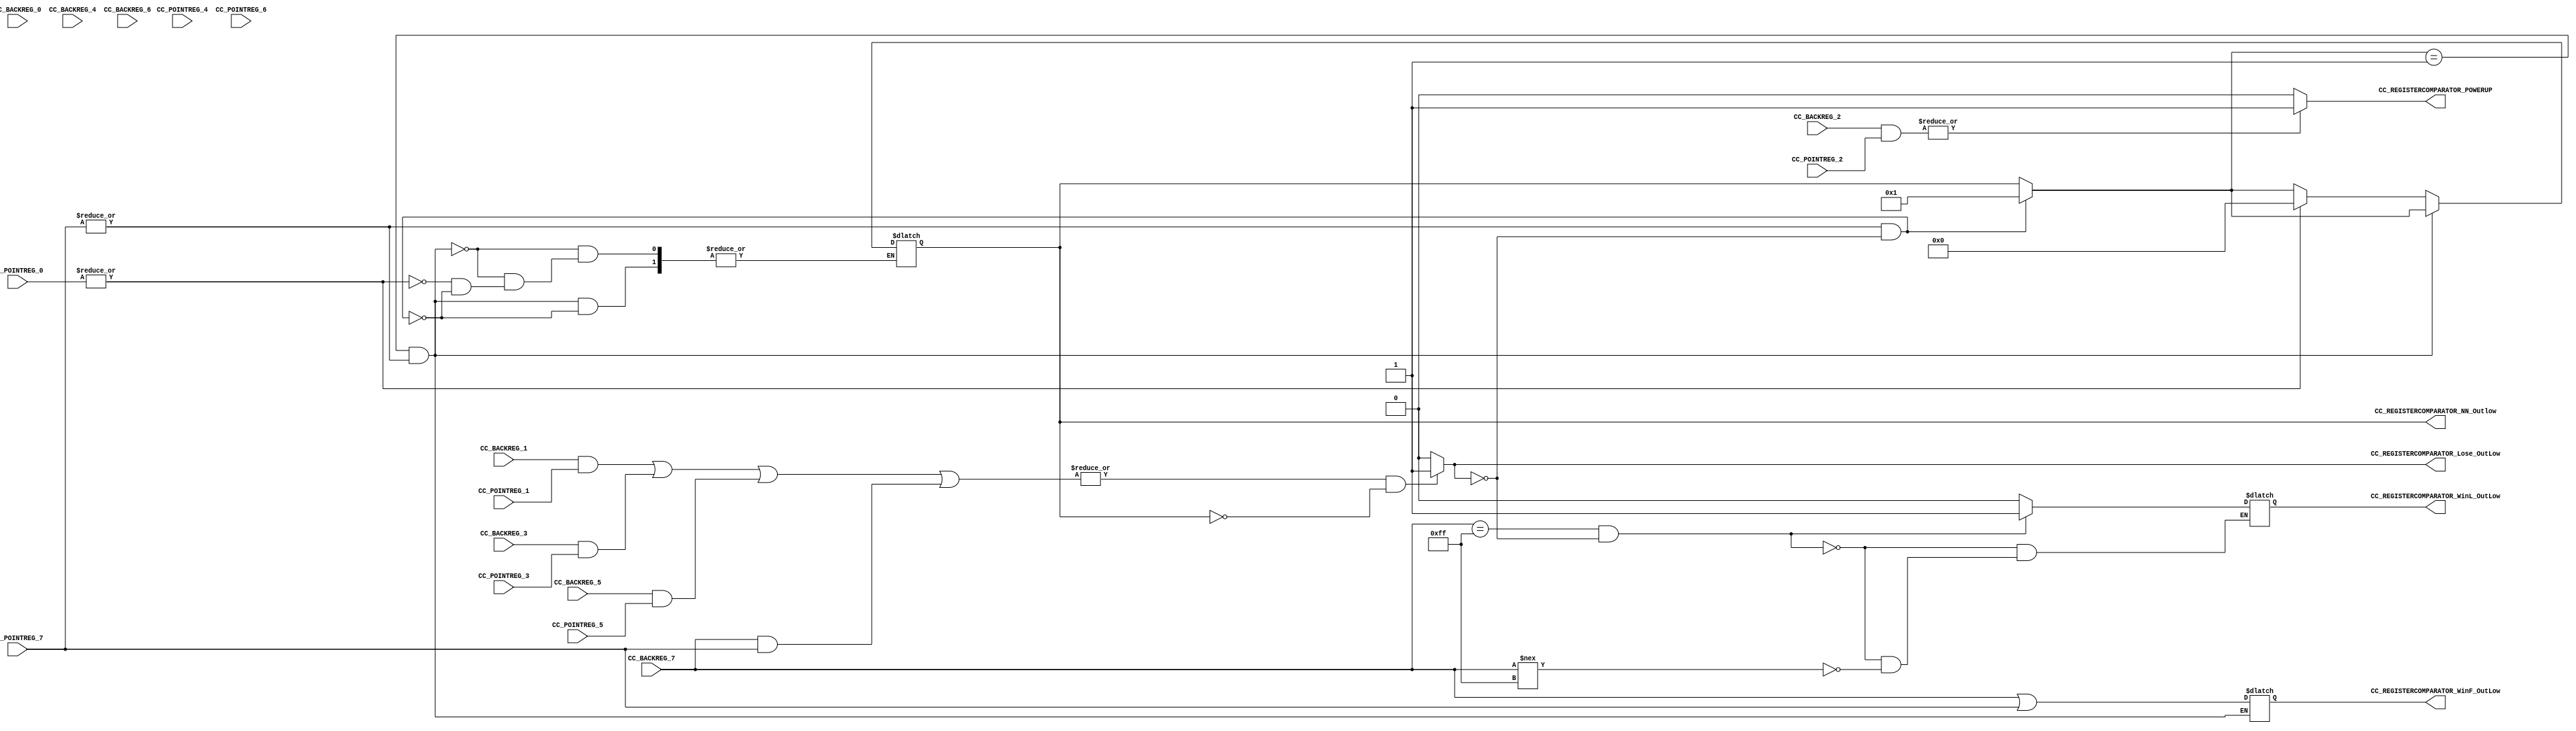
/*######################################################################
//#	G0B1T: HDL EXAMPLES. 2018.
//######################################################################
//# Copyright (C) 2018. F.E.Segura-Quijano (FES) fsegura@uniandes.edu.co
//# 
//# This program is free software: you can redistribute it and/or modify
//# it under the terms of the GNU General Public License as published by
//# the Free Software Foundation, version 3 of the License.
//#
//# This program is distributed in the hope that it will be useful,
//# but WITHOUT ANY WARRANTY; without even the implied warranty of
//# MERCHANTABILITY or FITNESS FOR A PARTICULAR PURPOSE.  See the
//# GNU General Public License for more details.
//#
//# You should have received a copy of the GNU General Public License
//# along with this program.  If not, see <http://www.gnu.org/licenses/>
//####################################################################*/
//=======================================================
//  MODULE Definition
//=======================================================
module CC_REGISTERCOMPARATOR (
//////////// OUTPUTS //////////
	CC_REGISTERCOMPARATOR_WinF_OutLow,
	CC_REGISTERCOMPARATOR_WinL_OutLow,
	CC_REGISTERCOMPARATOR_Lose_OutLow,
	CC_REGISTERCOMPARATOR_NN_Outlow,
	CC_REGISTERCOMPARATOR_POWERUP,
//////////// INPUTS //////////
	CC_BACKREG_0,
	CC_BACKREG_1,
	CC_BACKREG_2,
	CC_BACKREG_3,
	CC_BACKREG_4,
	CC_BACKREG_5,
	CC_BACKREG_6,
	CC_BACKREG_7,
	
	CC_POINTREG_0,
	CC_POINTREG_1,
	CC_POINTREG_2,
	CC_POINTREG_3,
	CC_POINTREG_4,
	CC_POINTREG_5,
	CC_POINTREG_6,
	CC_POINTREG_7
);
//=======================================================
//  PARAMETER declarations
//=======================================================

//=======================================================
//  PORT declarations
//=======================================================
output	reg [7:0] CC_REGISTERCOMPARATOR_WinF_OutLow;
output	reg CC_REGISTERCOMPARATOR_WinL_OutLow;
output	reg CC_REGISTERCOMPARATOR_Lose_OutLow;
output	reg [7:0] CC_REGISTERCOMPARATOR_NN_Outlow;
output   reg CC_REGISTERCOMPARATOR_POWERUP;

input 	[7:0] CC_BACKREG_0;
input 	[7:0] CC_BACKREG_1;
input 	[7:0] CC_BACKREG_2;
input 	[7:0] CC_BACKREG_3;
input 	[7:0] CC_BACKREG_4;
input 	[7:0] CC_BACKREG_5;
input 	[7:0] CC_BACKREG_6;
input 	[7:0] CC_BACKREG_7;


input 	[7:0] CC_POINTREG_0;
input 	[7:0] CC_POINTREG_1;
input 	[7:0] CC_POINTREG_2;
input 	[7:0] CC_POINTREG_3;
input 	[7:0] CC_POINTREG_4;
input 	[7:0] CC_POINTREG_5;
input 	[7:0] CC_POINTREG_6;
input 	[7:0] CC_POINTREG_7;
//=======================================================
//  REG/WIRE declarations
//=======================================================
//=======================================================
//  Structural coding
//=======================================================
always @(*)
begin
	
	// perd
	
	if (|(CC_BACKREG_1 & CC_POINTREG_1 | CC_BACKREG_3 & CC_POINTREG_3 | CC_BACKREG_5 & CC_POINTREG_5 | CC_BACKREG_7 & CC_POINTREG_7) && CC_REGISTERCOMPARATOR_NN_Outlow == 1'b0)
		CC_REGISTERCOMPARATOR_Lose_OutLow = 1'b1;
	
	// no he perdido
	
	else
		CC_REGISTERCOMPARATOR_Lose_OutLow = 1'b0;
		
	// anid
	
	if (|CC_POINTREG_7 && CC_REGISTERCOMPARATOR_Lose_OutLow == 1'b0)
		CC_REGISTERCOMPARATOR_NN_Outlow = 1'b1;
	
	if (((CC_REGISTERCOMPARATOR_NN_Outlow == 1'b1) && (|CC_POINTREG_7))) // nivel anidado
		CC_REGISTERCOMPARATOR_WinF_OutLow = (CC_BACKREG_7 | CC_POINTREG_7);
		
	// se reinicio luego de anidar
	
	else if ((|CC_POINTREG_0)) // AQUI VA 0, 6 POR SIMULACION
		CC_REGISTERCOMPARATOR_NN_Outlow = 1'b0; 
	
	// gane nivel
		
	if (CC_BACKREG_7 == 8'b11111111 && CC_REGISTERCOMPARATOR_Lose_OutLow == 1'b0)
		CC_REGISTERCOMPARATOR_WinL_OutLow = 1'b1;
	else if (CC_BACKREG_7 !== 8'b11111111)
		CC_REGISTERCOMPARATOR_WinL_OutLow = 1'b0;
		
	// power up
	
	if (|(CC_BACKREG_2 & CC_POINTREG_2))
		CC_REGISTERCOMPARATOR_POWERUP = 1'b1;
	else
		CC_REGISTERCOMPARATOR_POWERUP = 1'b0;
		
		
		
//	$display ("perdi? = %b", CC_REGISTERCOMPARATOR_Lose_OutLow);
//	$display ("anide? = %b", CC_REGISTERCOMPARATOR_NN_Outlow);
//	$display ("gane? = %b", CC_REGISTERCOMPARATOR_WinL_OutLow);
		
	end
	

endmodule